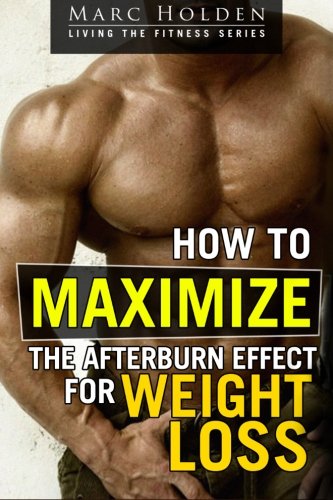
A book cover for How to Maximize the Afterburn Effect for Weight Loss; Marc Holden; Health, Fitness & Dieting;